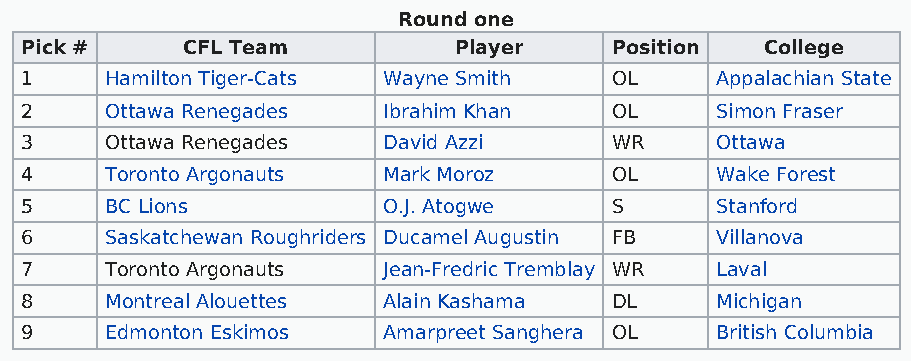
Round one
 Pick #     CFL Team          Player    Position   College
 1     Hamilton Tiger-Cats Wayne Smith  OL     Appalachian State
 2     Ottawa Renegades  Ibrahim Khan   OL     Simon Fraser
 3     Ottawa Renegades  David Azzi     WR     Ottawa
 4     Toronto Argonauts Mark Moroz     OL     Wake Forest
 5     BC Lions          O.J. Atogwe    S      Stanford
 6     Saskatchewan Roughriders Ducamel Augustin FB Villanova
 7     Toronto Argonauts Jean-Fredric Tremblay WR Laval
 8     Montreal Alouettes Alain Kashama DL     Michigan
 9     Edmonton Eskimos  Amarpreet Sanghera OL British Columbia